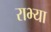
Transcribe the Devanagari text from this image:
राभ्या